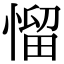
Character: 𢞓